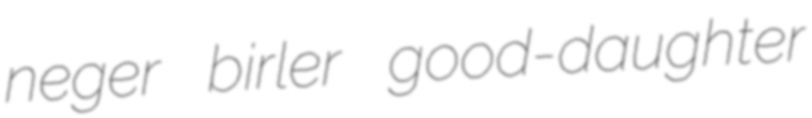
neger birler good-daughter